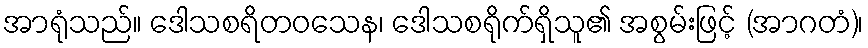
အာရုံသည်။ ဒေါသစရိတဝသေန၊ ဒေါသစရိုက်ရှိသူ၏ အစွမ်းဖြင့် (အာဂတံ)၊